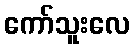
ကော်သူးလေ